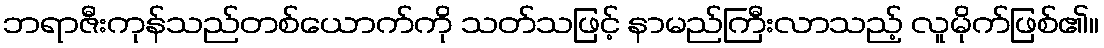
ဘရာဇီးကုန်သည်တစ်ယောက်ကို သတ်သဖြင့် နာမည်ကြီးလာသည့် လူမိုက်ဖြစ်၏။